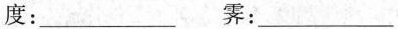
度：___霁：___